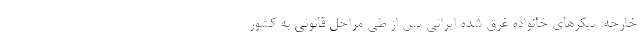
خارجه: پیکرهای خانواده غرق شده ایرانی پس از طی مراحل قانونی به کشور